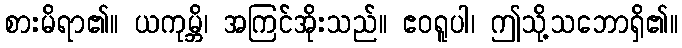
စားမိရာ၏။ ယကုမ္ဘိ၊ အကြင်အိုးသည်။ ဧဝရူပါ၊ ဤသို့သဘောရှိ၏။